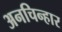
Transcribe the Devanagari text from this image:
अनचिन्हार